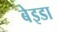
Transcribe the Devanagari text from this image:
बेइडा